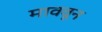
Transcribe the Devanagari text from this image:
माववून